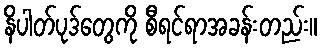
နိပါတ်ပုဒ်တွေကို စီရင်ရာအခန်းတည်း။